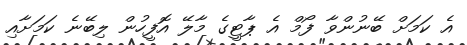
އެ ކަމަށް ބޭނުންވާ ފޯމް އެ ޕާޓީގެ މާލޭ އޮފީހުން ލިބޭނެ ކަމަށާއި